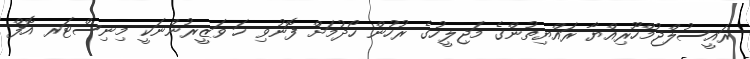
ރައީސުލްޖުމްހޫރިއްޔާ ރައްޔިތުންގެ މަޖިލީހުގެ ރުހުން ހޯދުމަށް ފޮނުވި ހަ ވަޒީރުންނަކީ މިނިސްޓަރ އޮފް